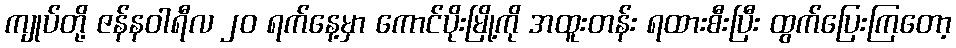
ကျုပ်တို့ ဇန်နဝါရီလ ၂၀ ရက်နေ့မှာ ကောင်ပိုးမြို့ကို အထူးတန်း ရထားစီးပြီး ထွက်ပြေးကြတော့